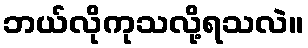
ဘယ်လိုကုသလို့ရသလဲ။